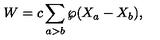
W = c \sum _ { a > b } \wp ( X _ { a } - X _ { b } ) ,